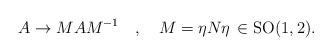
LaTeX: \begin{align*}A \rightarrow MAM^{-1} \quad,\quad M = \eta N\eta\,\in{\rm SO(1,2).}\end{align*}